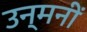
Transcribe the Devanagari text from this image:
उन्मनीं